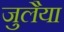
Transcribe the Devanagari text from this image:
जुलैया